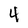
Character: 4